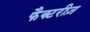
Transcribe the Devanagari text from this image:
फैक्टरीज़